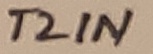
Text: T"IN